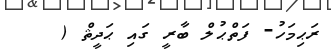
ރަޙިމަހު- ފަތްޙުލް ބާރީ ގައި ޙަދީޘް (